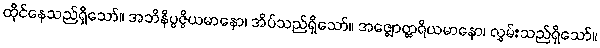
ထိုင်နေသည်ရှိသော်။ အဘိနိပ္ပဇ္ဇိယမာနော၊ အိပ်သည်ရှိသော်။ အဇ္ဈောတ္ထရိယမာနော၊ လွှမ်းသည်ရှိသော်။